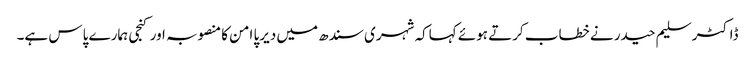
ڈاکٹر سلیم حیدر نے خطاب کرتے ہوئے کہاکہ شہری سندھ میں دیرپا امن کا منصوبہ اور کنجی ہمارے پاس ہے۔